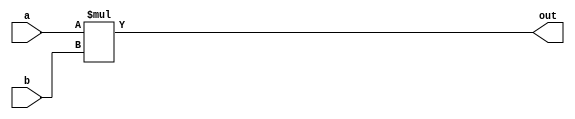
module Multiplier(
    	input wire [DATA_WIDTH-1:0] a,
    	input wire [DATA_WIDTH-1:0] b,
    	output wire [DATA_WIDTH-1:0] out);

	parameter DATA_WIDTH = 32;

	assign out = a * b;

endmodule